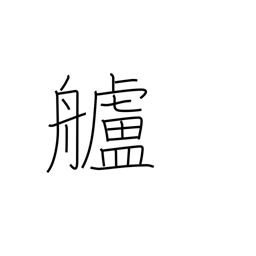
Meaning: stern (of ship)